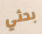
بحثي